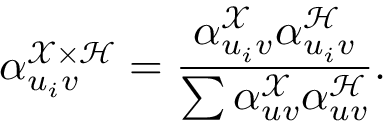
\alpha _ { u _ { i } v } ^ { \mathcal { X } \times \mathcal { H } } = \frac { \alpha _ { u _ { i } v } ^ { \mathcal { X } } \alpha _ { u _ { i } v } ^ { \mathcal { H } } } { \sum \alpha _ { u v } ^ { \mathcal { X } } \alpha _ { u v } ^ { \mathcal { H } } } .